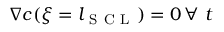
\nabla c ( \xi = l _ { \mathrm { ~ S ~ C ~ L ~ } } ) = 0 \, \forall \ t